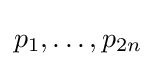
p_{1},\ldots ,p_{2n}